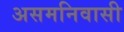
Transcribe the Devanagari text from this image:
असमनिवासी